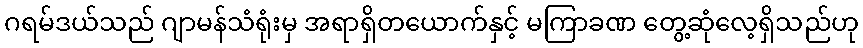
ဂရမ်ဒယ်သည် ဂျာမန်သံရုံးမှ အရာရှိတယောက်နှင့် မကြာခဏ တွေ့ဆုံလေ့ရှိသည်ဟု